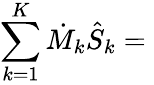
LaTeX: \sum_{k=1}^{K}{\dot{M}}_{k}{\hat{S}}_{k}={}